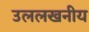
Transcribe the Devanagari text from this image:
उललखनीय